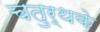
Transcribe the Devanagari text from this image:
चतुर्थके